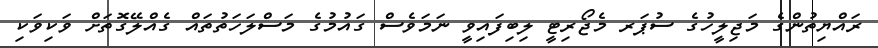
ރައްޔިތުންގެ މަޖިލީހުގެ ސުޕަރ މެޖޯރިޓީ ލިބިފައިވީ ނަމަވެސް ގައުމުގެ މަސްލަހަތުތައް ގެއްލޭގޮތަށް ވަކިވަކި